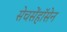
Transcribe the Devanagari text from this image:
सेचसेंहॉसेन